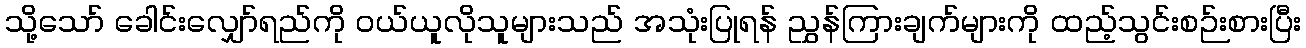
သို့သော် ခေါင်းလျှော်ရည်ကို ဝယ်ယူလိုသူများသည် အသုံးပြုရန် ညွှန်ကြားချက်များကို ထည့်သွင်းစဉ်းစားပြီး